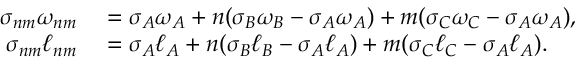
\begin{array} { r l } { \sigma _ { n m } \omega _ { n m } } & { { } = \sigma _ { A } \omega _ { A } + n ( \sigma _ { B } \omega _ { B } - \sigma _ { A } \omega _ { A } ) + m ( \sigma _ { C } \omega _ { C } - \sigma _ { A } \omega _ { A } ) , } \\ { \sigma _ { n m } \ell _ { n m } } & { { } = \sigma _ { A } \ell _ { A } + n ( \sigma _ { B } \ell _ { B } - \sigma _ { A } \ell _ { A } ) + m ( \sigma _ { C } \ell _ { C } - \sigma _ { A } \ell _ { A } ) . } \end{array}